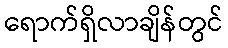
ရောက်ရှိလာချိန်တွင်